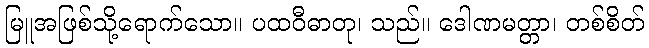
မြူအဖြစ်သို့ရောက်သော။ ပထဝီဓာတု၊ သည်။ ဒေါဏမတ္တာ၊ တစ်စိတ်